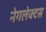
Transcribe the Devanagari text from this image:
नेगलेक्टस